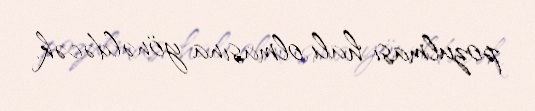
pozulması halı olmasına yönəldəcək.